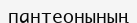
пантеонының